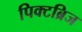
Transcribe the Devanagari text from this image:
पिक्टब्रिज